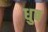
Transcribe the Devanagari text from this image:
धुब